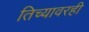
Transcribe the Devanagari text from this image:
तिच्यावरही